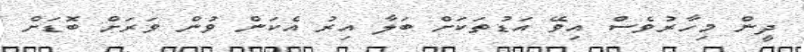
ދީން މިހާރުވެސް އިވޭ އަޑުތަކަށް ބަލާ އިރު އެކަން ވުން ވަރަށް ބޮޑަށް